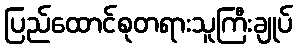
ပြည်ထောင်စုတရားသူကြီးချုပ်